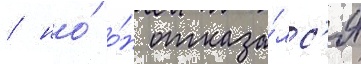
/ но́ о́н отказа́лс'я